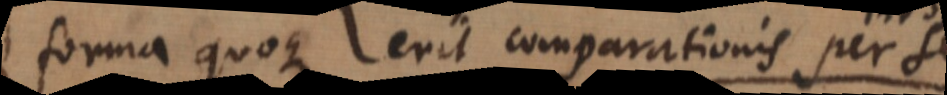
forma quoque erit comparationis per se